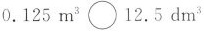
$$0.125 m^{3} \bigcirc 12.5 dm^{3}$$